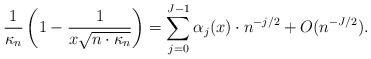
LaTeX: \begin{align*} \frac{1}{\kappa_n} \left(1-\frac{1}{x \sqrt{n \cdot \kappa_n}}\right) = \sum_{j=0}^{J-1} \alpha_j(x) \cdot n^{-j/2} +O( n^{-J/2}).\end{align*}